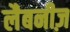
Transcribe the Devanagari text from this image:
लैबनीज़